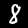
Digit: 8